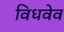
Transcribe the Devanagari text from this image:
विधवेव